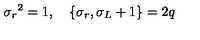
{ \sigma _ { r } } ^ { 2 } = 1 , \quad \{ \sigma _ { r } , \sigma _ { L } + 1 \} = 2 q